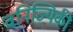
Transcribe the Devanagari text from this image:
वनिज्यिकी